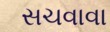
સચવાવા